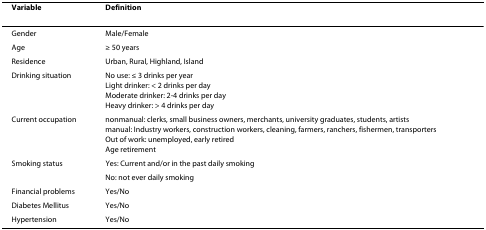
| Variable | Definition |
 | --- | --- |
 | Gender | Male/Female |
 | Age | ≥ 50 years |
 | Residence | Urban, Rural, Highland, Island |
 | Drinking situation | No use: ≤ 3 drinks per yearLight drinker: < 2 drinks per dayModerate drinker: 2-4 drinks per dayHeavy drinker: > 4 drinks per day |
 | Current occupation | nonmanual: clerks, small business owners, merchants, university graduates, students, artistsmanual: Industry workers, construction workers, cleaning, farmers, ranchers, fishermen, transportersOut of work: unemployed, early retiredAge retirement |
 | Smoking status | Yes: Current and/or in the past daily smoking |
 |  | No: not ever daily smoking |
 | Financial problems | Yes/No |
 | Diabetes Mellitus | Yes/No |
 | Hypertension | Yes/No |